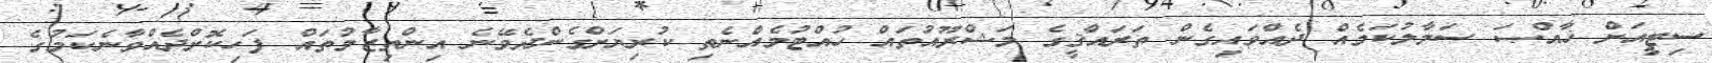
ސިޓީއަށް ޚާއްޞަ ސަމާލުކަމެއް ދެއްވައިގެން ތަރައްޤީގެ މަޝްރޫއުތައް ހުއްޓުމެއްނެތި ކުރިޔަށްގެންދެވޭނެ އިންތިޒާމުތައް ފަހިކޮށްދެއްވާނެކަމުގެ